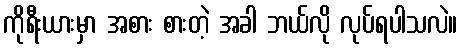
ကိုရီးယားမှာ အစား စားတဲ့ အခါ ဘယ်လို လုပ်ရပါသလဲ။